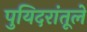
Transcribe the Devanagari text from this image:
पुयिदरांतूले